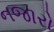
નજારો